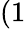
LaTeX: (1